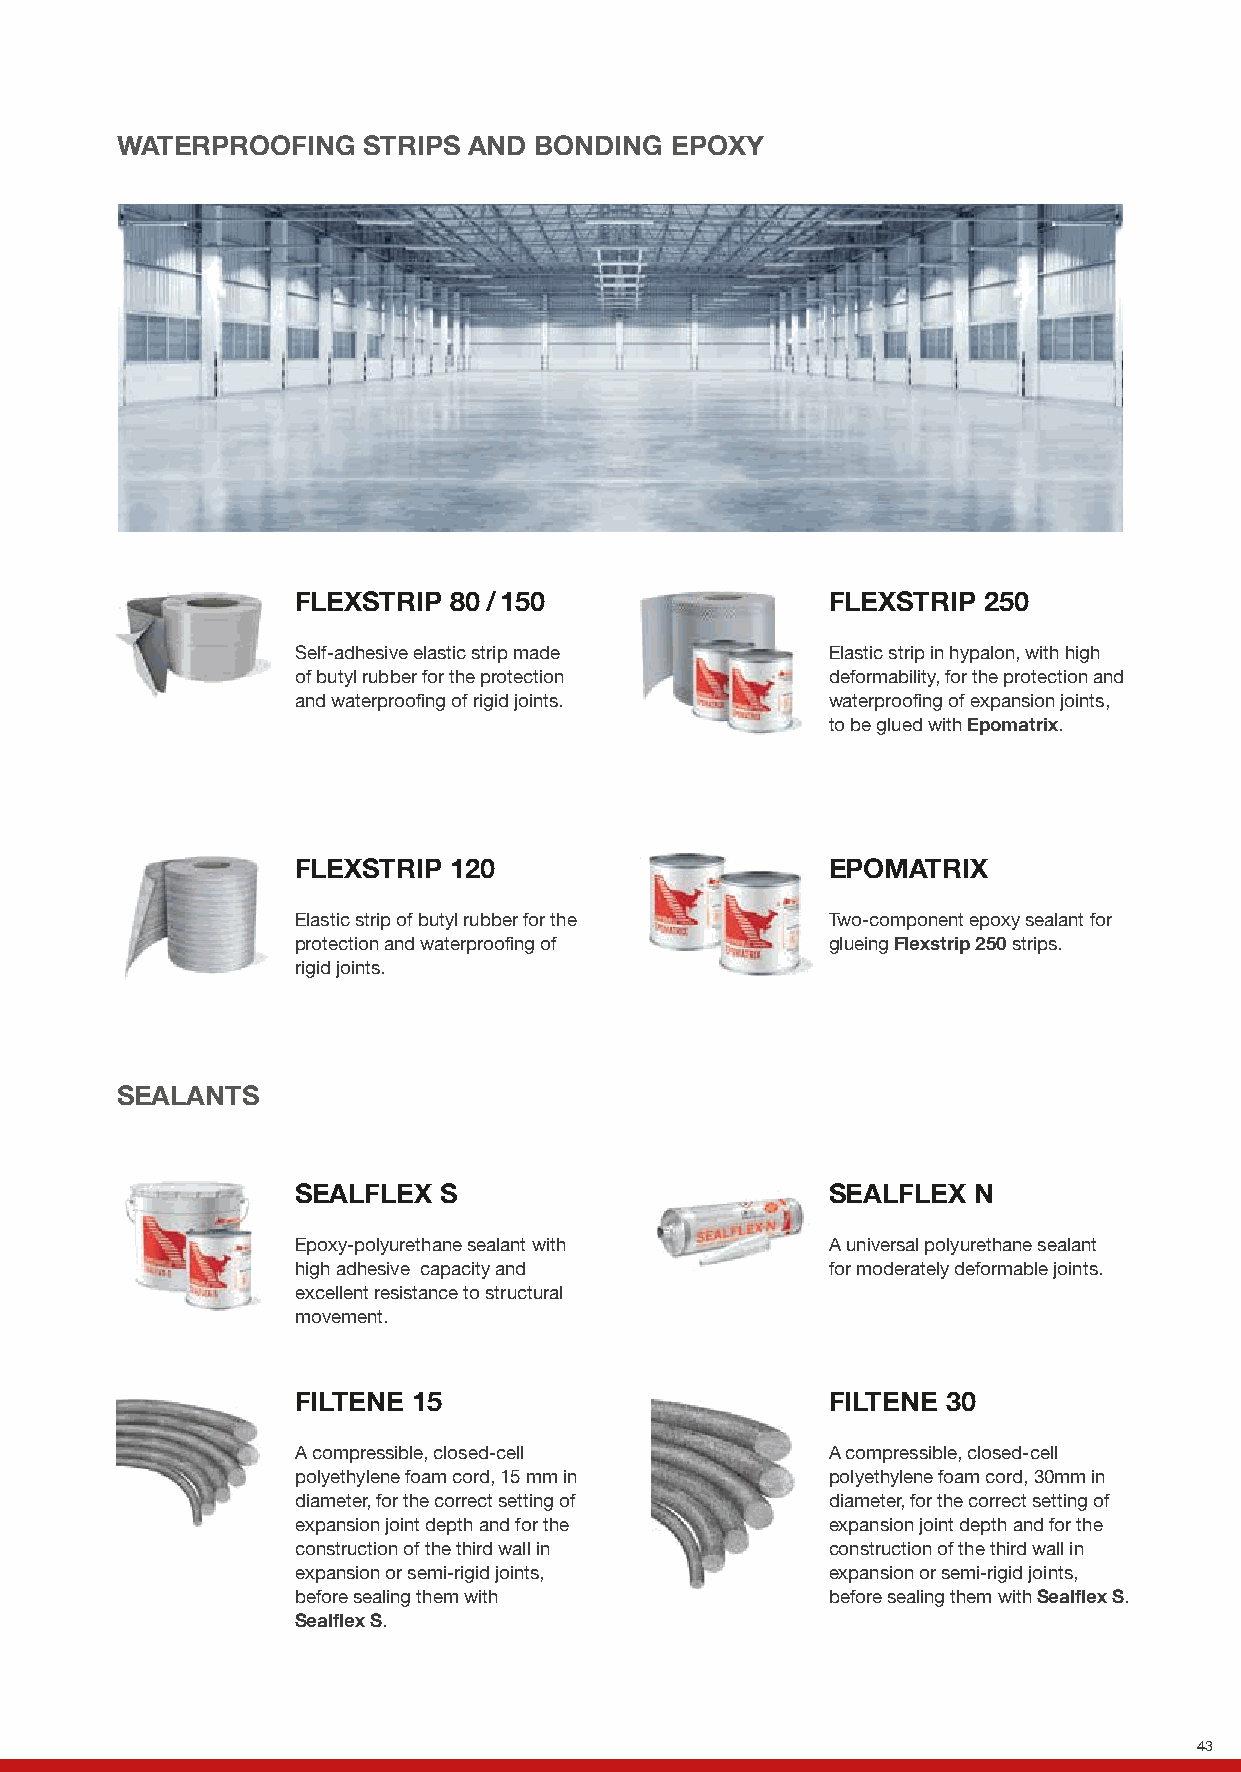
WATERPROOFING   STRIPS AND BONDING  EPOXY
 FLEXSTRIP 80 / 150                 FLEXSTRIP 250
 Self-adhesive elastic strip made   Elastic strip in hypalon, with high
 of butyl rubber for the protection deformability, for the protection and
 and waterproofing of rigid joints. waterproofing of expansion joints,
 to be glued with Epomatrix.
 FLEXSTRIP 120                      EPOMATRIX
 Elastic strip of butyl rubber for the Two-component epoxy sealant for
 protection and waterproofing of    glueing Flexstrip 250 strips.
 rigid joints.
 SEALANTS
 SEALFLEX S                         SEALFLEX N
 Epoxy-polyurethane sealant with    A universal polyurethane sealant
 high adhesive capacity and         for moderately deformable joints.
 excellent resistance to structural
 movement.
 FILTENE 15                         FILTENE 30
 A compressible, closed-cell        A compressible, closed-cell
 polyethylene foam cord, 15 mm in   polyethylene foam cord, 30mm in
 diameter, for the correct setting of diameter, for the correct setting of
 expansion joint depth and for the  expansion joint depth and for the
 construction of the third wall in  construction of the third wall in
 expansion or semi-rigid joints,    expansion or semi-rigid joints,
 before sealing them with           before sealing them with Sealflex S.
 Sealflex S.
 43